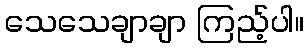
သေသေချာချာ ကြည့်ပါ။